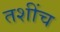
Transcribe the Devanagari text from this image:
तशींच